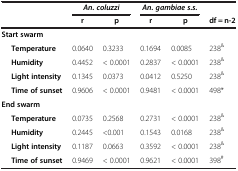
|  | <COLSPAN=2> An. coluzzi | <COLSPAN=2> An. gambiae s.s. |  |
 |  | r | p | r | p | df = n-2 |
 | --- | --- | --- | --- | --- | --- |
 | <COLSPAN=6> Start swarm |
 | Temperature | 0.0640 | 0.3233 | 0.1694 | 0.0085 | 238& |
 | Humidity | 0.4452 | < 0.0001 | 0.2837 | < 0.0001 | 238& |
 | Light intensity | 0.1345 | 0.0373 | 0.0412 | 0.5250 | 238& |
 | Time of sunset | 0.9606 | < 0.0001 | 0.9481 | < 0.0001 | 498* |
 | <COLSPAN=6> End swarm |
 | Temperature | 0.0735 | 0.2568 | 0.2731 | < 0.0001 | 238& |
 | Humidity | 0.2445 | <0.001 | 0.1543 | 0.0168 | 238& |
 | Light intensity | 0.1187 | 0.0663 | 0.3592 | < 0.0001 | 238& |
 | Time of sunset | 0.9469 | < 0.0001 | 0.9621 | < 0.0001 | 398# |